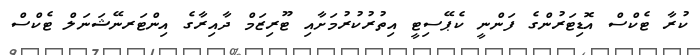
ކުރާ ޓެކްސް އޮޑިޓަރުންގެ ފަންނީ ކެޕޭސިޓީ އިތުރުކުރުމަށާއި ޓޫރިޒަމް ދާއިރާގެ އިންޓަރނޭޝަނަލް ޓެކްސް